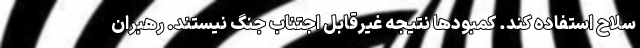
سلاح استفاده کند. کمبودها نتیجه غیرقابل اجتناب جنگ نیستند. رهبران